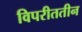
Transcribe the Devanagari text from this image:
विपरीततीन